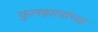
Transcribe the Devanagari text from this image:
फ़ुलझाडांच्या